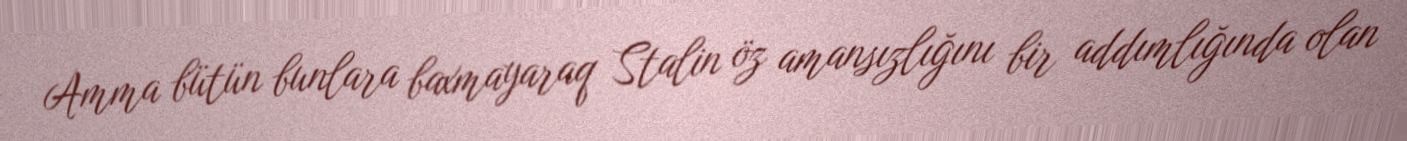
Amma bütün bunlara baxmayaraq Stalin öz amansızlığını bir addımlığında olan